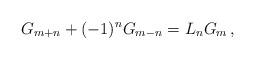
LaTeX: \begin{align*}G_{m + n} + (-1)^nG_{m-n} = L_nG_m\,,\end{align*}